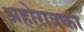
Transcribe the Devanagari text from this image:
अहोरात्रका